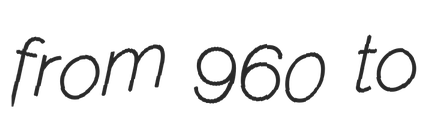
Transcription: from 960 to